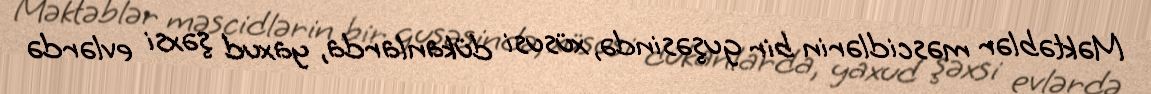
Məktəblər məscidlərin bir guşəsində, xüsusi dükanlarda, yaxud şəxsi evlərdə